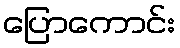
ပြောကောင်း